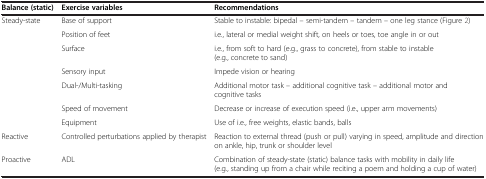
<table><thead><tr><td><b>Balance (static)</b></td><td><b>Exercise variables</b></td><td><b>Recommendations</b></td></tr></thead><tbody><tr><td rowspan="7">Steady-state</td><td>Base of support</td><td>Stable to instable: bipedal – semi-tandem – tandem – one leg stance (Figure 2)</td></tr><tr><td>Position of feet</td><td>i.e., lateral or medial weight shift, on heels or toes, toe angle in or out</td></tr><tr><td>Surface</td><td>i.e., from soft to hard (e.g., grass to concrete), from stable to instable (e.g., concrete to sand)</td></tr><tr><td>Sensory input</td><td>Impede vision or hearing</td></tr><tr><td>Dual-/Multi-tasking</td><td>Additional motor task – additional cognitive task – additional motor and cognitive tasks</td></tr><tr><td>Speed of movement</td><td>Decrease or increase of execution speed (i.e., upper arm movements)</td></tr><tr><td>Equipment</td><td>Use of i.e., free weights, elastic bands, balls</td></tr><tr><td>Reactive</td><td>Controlled perturbations applied by therapist</td><td>Reaction to external thread (push or pull) varying in speed, amplitude and direction on ankle, hip, trunk or shoulder level</td></tr><tr><td>Proactive</td><td>ADL</td><td>Combination of steady-state (static) balance tasks with mobility in daily life (e.g., standing up from a chair while reciting a poem and holding a cup of water)</td></tr></tbody></table>